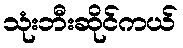
သုံးဘီးဆိုင်ကယ်